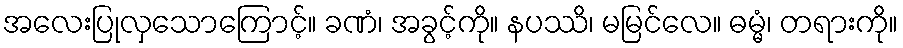
အလေးပြုလှသောကြောင့်။ ခဏံ၊ အခွင့်ကို။ နပဿိ၊ မမြင်လေ။ ဓမ္မံ၊ တရားကို။